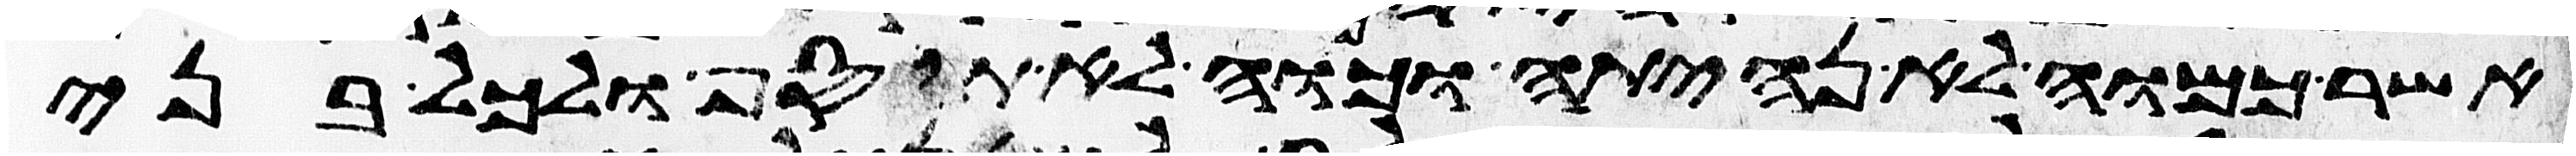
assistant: אשר כמוה לא נהיתה וכמוה לא תוסיף ולכל בני